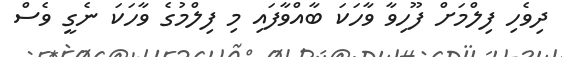
ދިވެހި ފިލްމަށް ފޫހިވާ ވާހަކަ ބާއްވާފައި މި ފިލްމުގެ ވާހަކަ ނެގީ ވެސް